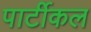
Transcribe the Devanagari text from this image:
पार्टीकल